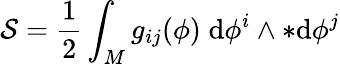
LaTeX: {\mathcal{S}}={\frac{1}{2}}\int_{M}g_{ij}(\phi)\; \mathrm{d}\phi^{i}\wedge{*\mathrm{d}\phi^{j}}